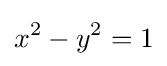
x^{2}-y^{2}=1